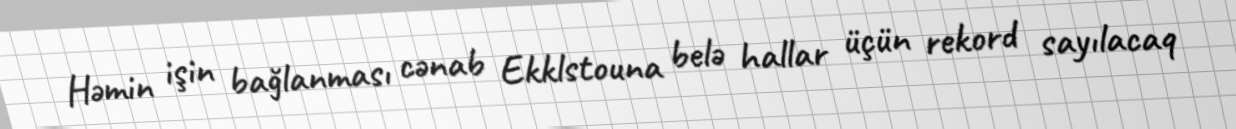
Həmin işin bağlanması cənab Ekklstouna belə hallar üçün rekord sayılacaq